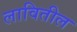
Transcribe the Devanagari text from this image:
लावितील